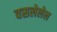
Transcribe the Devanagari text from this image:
वसलेलेल